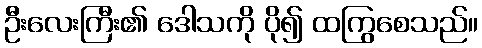
ဦးလေးကြီး၏ ဒေါသကို ပို၍ ထကြွစေသည်။